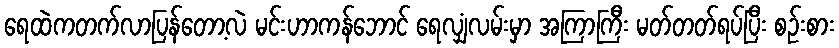
ရေထဲကတက်လာပြန်တော့လဲ မင်းဟာကန်ဘောင် ရေလျှံလမ်းမှာ အကြာကြီး မတ်တတ်ရပ်ပြီး စဉ်းစား